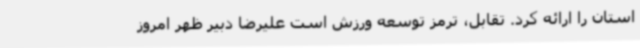
استان را ارائه کرد. تقابل، ترمز توسعه ورزش است علیرضا دبیر ظهر امروز